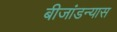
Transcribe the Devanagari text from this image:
बीजांडन्यास